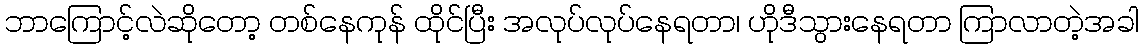
ဘာကြောင့်လဲဆိုတော့ တစ်နေကုန် ထိုင်ပြီး အလုပ်လုပ်နေရတာ၊ ဟိုဒီသွားနေရတာ ကြာလာတဲ့အခါ